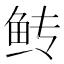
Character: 𫚋